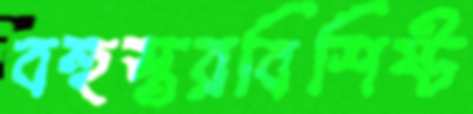
বহুস্তরবিশিষ্ট